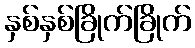
နှစ်နှစ်ခြိုက်ခြိုက်